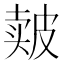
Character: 𰤬